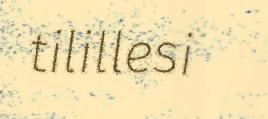
tilillesi